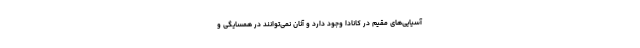
آسیایی‌های مقیم در کانادا وجود دارد و آنان نمی‌توانند در همسایگی و